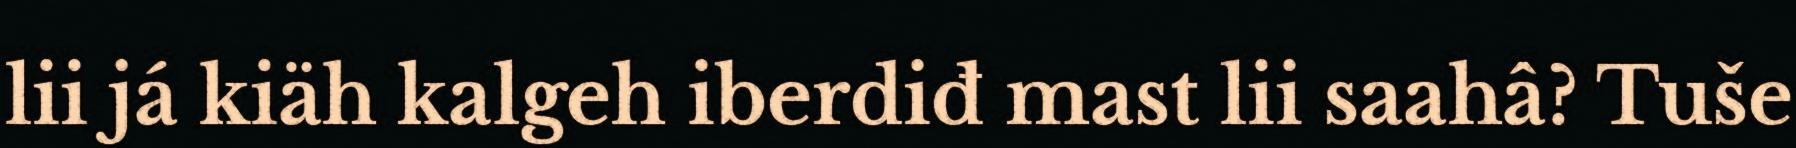
lii já kiäh kalgeh iberdiđ mast lii saahâ? Tuše